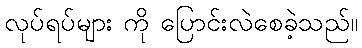
လုပ်ရပ်များ ကို ပြောင်းလဲစေခဲ့သည်။